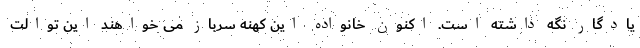
یادگار نگه داشته است. اکنون خانواده این کهنه سرباز می خواهند این توالت